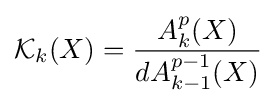
{\mathcal {K}}_{k}(X)={\frac {A_{k}^{p}(X)}{dA_{k-1}^{p-1}(X)}}